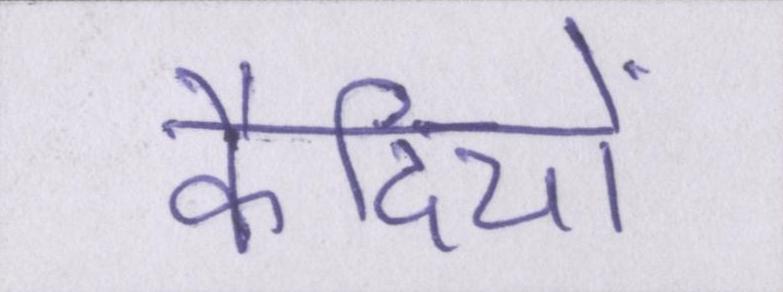
कैदियों